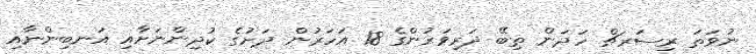
ނުވަތަ ރިސަރޗް ހަދަން ތިބޭ ދަރިވަރުންގެ 18 އަހަރުން ދަށުގެ ކުދިންނަށާއި އަނބިންނާއި